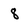
Character: 8